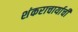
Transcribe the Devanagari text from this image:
शंकराचार्याची